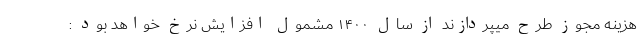
هزینه مجوز طرح میپردازند از سال ۱۴۰۰ مشمول افزایش نرخ خواهد بود :